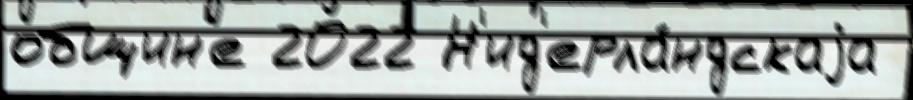
общин'е 2022 Н'ид'ерла́ндскаjа